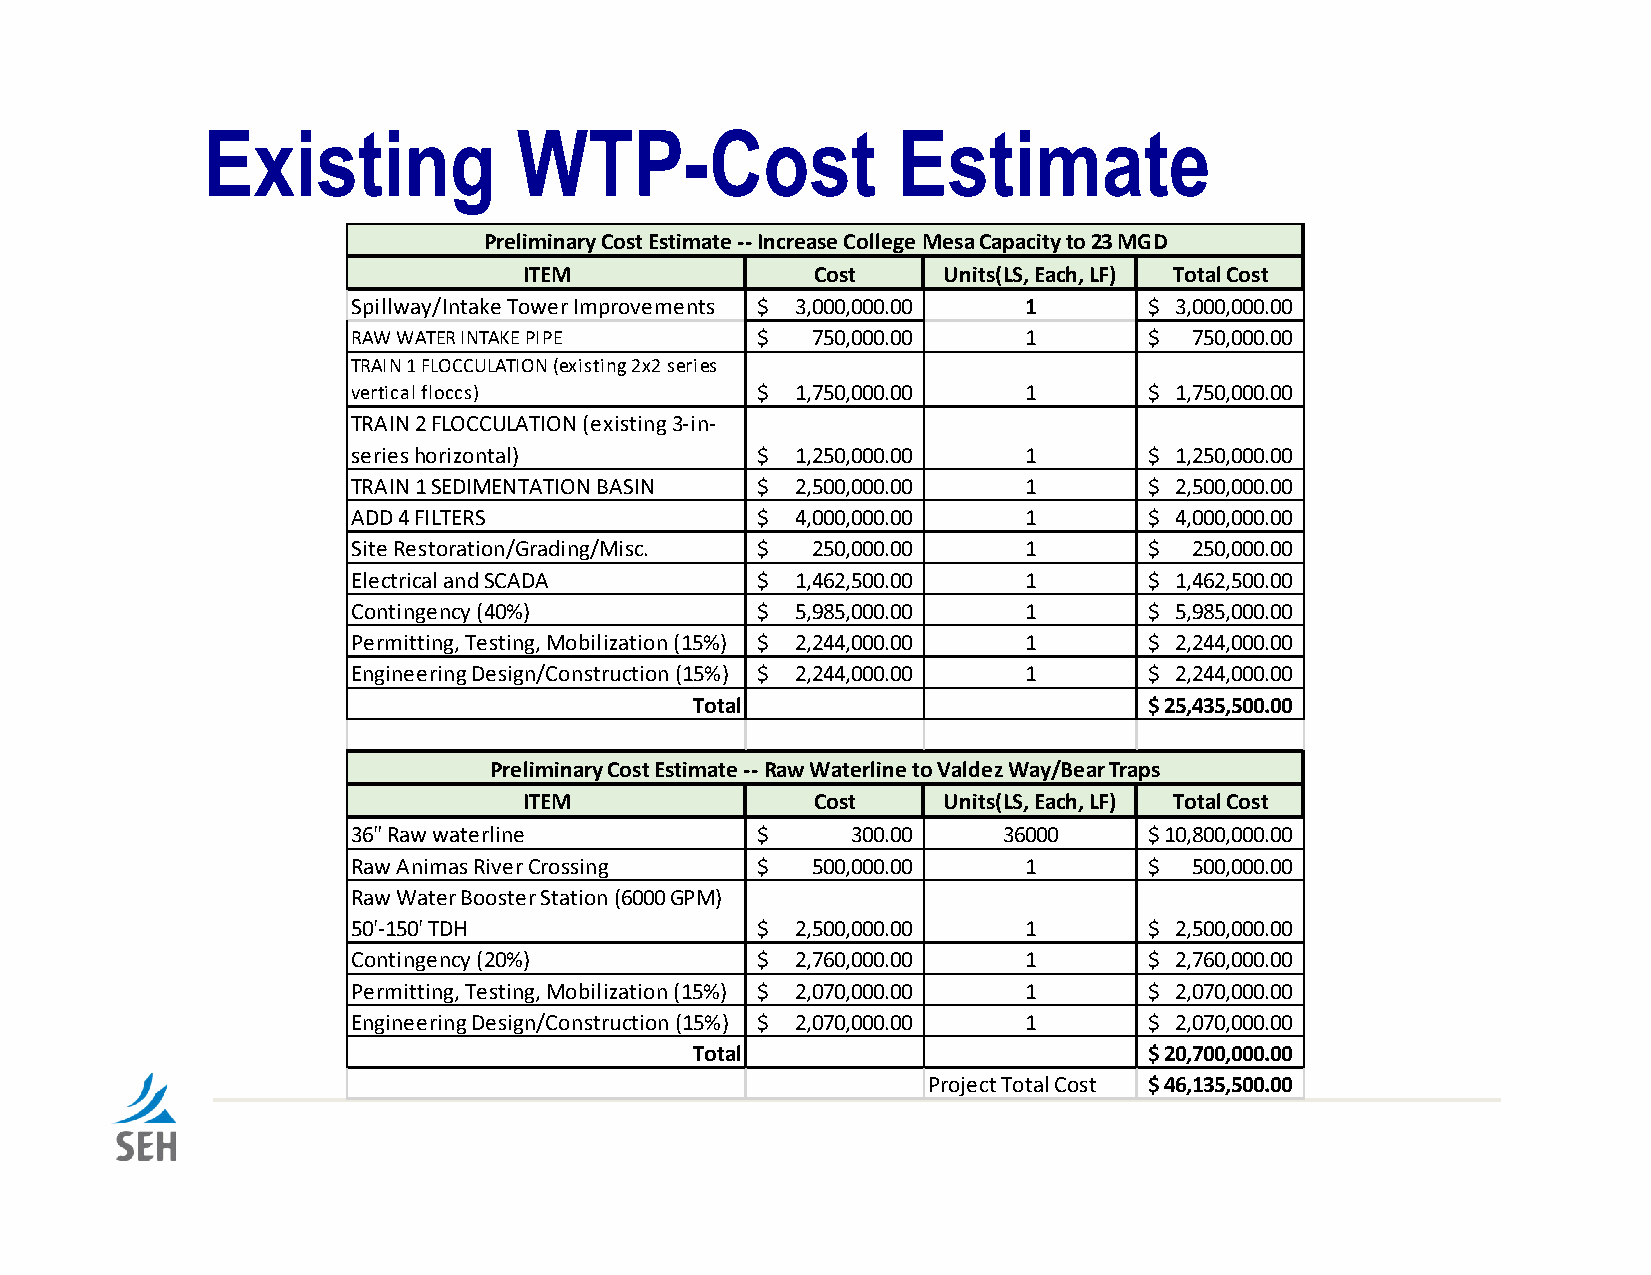
Existing             WTP-Cost                 Estimate
 Preliminary Cost Estimate ‐‐ Increase College Mesa Capacity to 23 MGD
 ITEM               Cost    Units(LS, Each, LF) Total Cost
 Spillway/Intake Tower Improvements $ 3,000,000.00 1  $ 3,000,000.00
 RAW WATER INTAKE PIPE      $   750,000.00    1       $  750,000.00
 TRAIN 1 FLOCCULATION (existing 2x2 series
 vertical floccs)           $  1,750,000.00   1       $ 1,750,000.00
 TRAIN 2 FLOCCULATION (existing 3‐in‐
 series horizontal)         $  1,250,000.00   1       $ 1,250,000.00
 TRAIN 1 SEDIMENTATION BASIN $ 2,500,000.00   1       $ 2,500,000.00
 ADD 4 FILTERS              $  4,000,000.00   1       $ 4,000,000.00
 Site Restoration/Grading/Misc. $ 250,000.00  1       $  250,000.00
 Electrical and SCADA       $  1,462,500.00   1       $ 1,462,500.00
 Contingency (40%)          $  5,985,000.00   1       $ 5,985,000.00
 Permitting, Testing, Mobilization (15%) $ 2,244,000.00 1 $ 2,244,000.00
 Engineering Design/Construction (15%) $ 2,244,000.00 1 $ 2,244,000.00
 Total                         $ 25,435,500.00
 Preliminary Cost Estimate ‐‐ Raw Waterline to Valdez Way/Bear Traps
 ITEM               Cost    Units(LS, Each, LF) Total Cost
 36" Raw waterline          $     300.00    36000     $ 10,800,000.00
 Raw Animas River Crossing  $   500,000.00    1       $  500,000.00
 Raw Water Booster Station (6000 GPM)
 50'‐150' TDH               $  2,500,000.00   1       $ 2,500,000.00
 Contingency (20%)          $  2,760,000.00   1       $ 2,760,000.00
 Permitting, Testing, Mobilization (15%) $ 2,070,000.00 1 $ 2,070,000.00
 Engineering Design/Construction (15%) $ 2,070,000.00 1 $ 2,070,000.00
 Total                         $ 20,700,000.00
 Project Total Cost $ 4 6,135,500.00